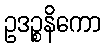
ဥဒဉ္စနိကော